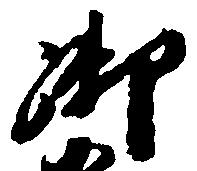
御